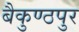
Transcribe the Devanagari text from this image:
बैकुण्ठपुर